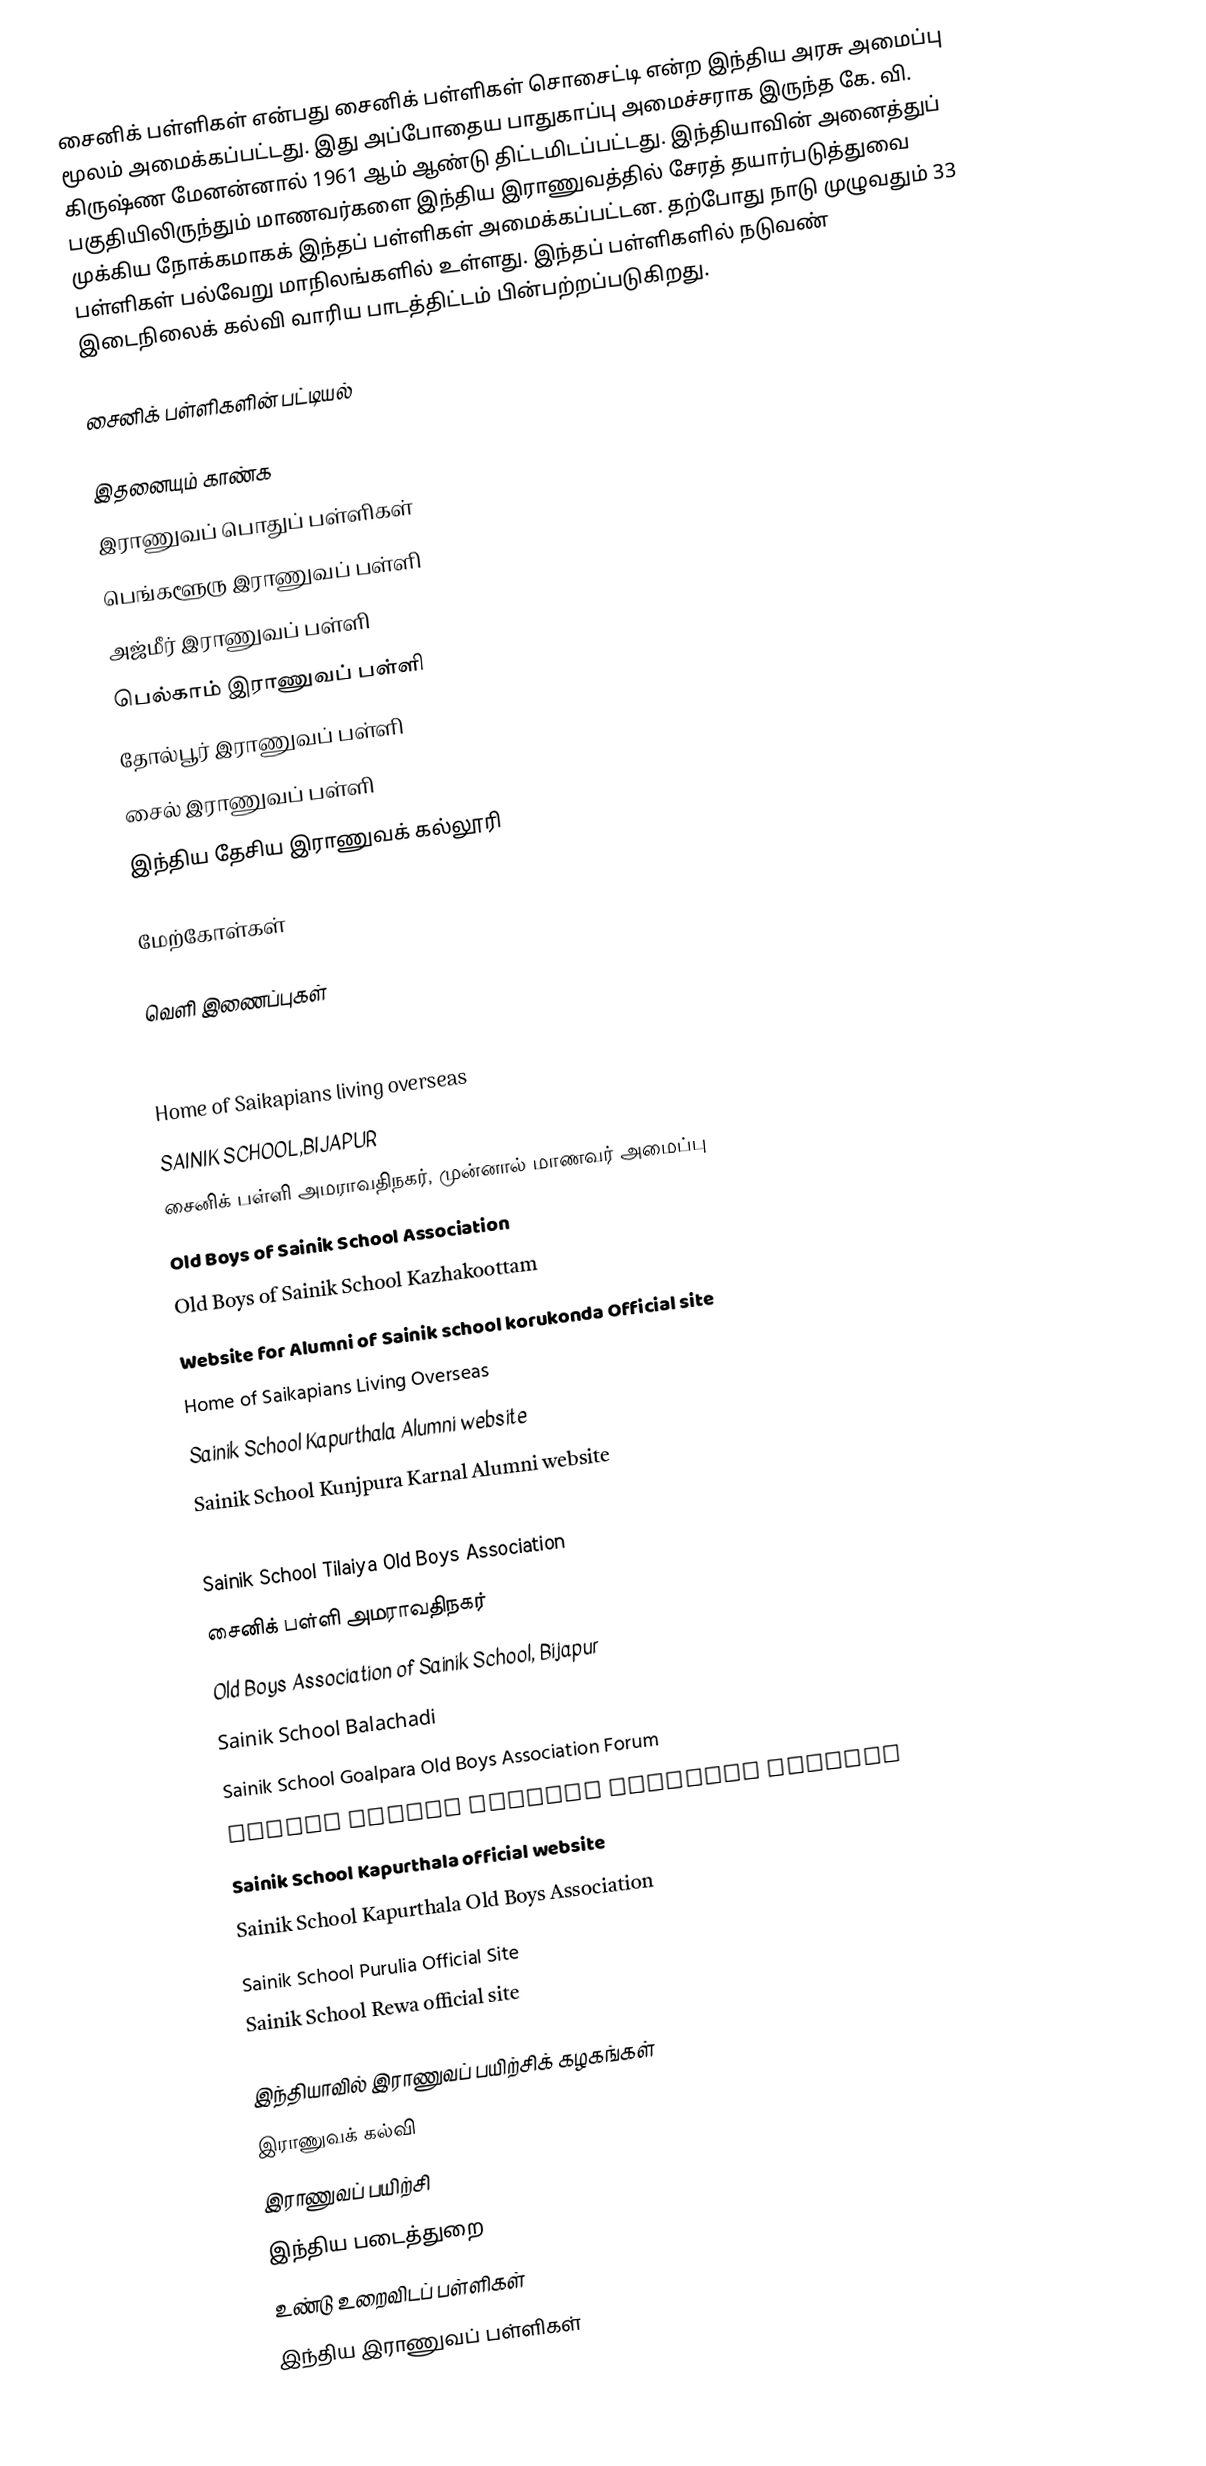
சைனிக் பள்ளிகள் என்பது சைனிக் பள்ளிகள் சொசைட்டி என்ற இந்திய அரசு அமைப்பு மூலம் அமைக்கப்பட்டது. இது அப்போதைய பாதுகாப்பு அமைச்சராக இருந்த கே. வி. கிருஷ்ண மேனன்னால் 1961 ஆம் ஆண்டு திட்டமிடப்பட்டது. இந்தியாவின் அனைத்துப் பகுதியிலிருந்தும் மாணவர்களை இந்திய இராணுவத்தில் சேரத் தயார்படுத்துவை முக்கிய நோக்கமாகக் இந்தப் பள்ளிகள் அமைக்கப்பட்டன. தற்போது நாடு முழுவதும் 33 பள்ளிகள் பல்வேறு மாநிலங்களில் உள்ளது. இந்தப் பள்ளிகளில் நடுவண் இடைநிலைக் கல்வி வாரிய பாடத்திட்டம் பின்பற்றப்படுகிறது.

சைனிக் பள்ளிகளின் பட்டியல்

இதனையும் காண்க
 இராணுவப் பொதுப் பள்ளிகள்
 பெங்களூரு இராணுவப் பள்ளி
 அஜ்மீர் இராணுவப் பள்ளி
 பெல்காம் இராணுவப் பள்ளி
 தோல்பூர் இராணுவப் பள்ளி
 சைல் இராணுவப் பள்ளி
 இந்திய தேசிய இராணுவக் கல்லூரி

மேற்கோள்கள்

வெளி இணைப்புகள்

 Sainik Schools Society
 Home of Saikapians living overseas
  SAINIK SCHOOL,BIJAPUR
 சைனிக் பள்ளி அமராவதிநகர், முன்னால் மாணவர் அமைப்பு
 Old Boys of Sainik School Association
 Old Boys of Sainik School Kazhakoottam
 Website for Alumni of Sainik school korukonda Official site
 Home of Saikapians Living Overseas
 Sainik School Kapurthala Alumni website
 Sainik School Kunjpura Karnal Alumni website
 Sainik School Sujanpur Tihra Alumni website
 Sainik School Tilaiya Old Boys Association
 சைனிக் பள்ளி அமராவதிநகர்
 Old Boys Association of Sainik School, Bijapur
 Sainik School Balachadi
  Sainik School Goalpara Old Boys Association Forum
 Sainik School Nagrota official website
 Sainik School Kapurthala official website
  Sainik School Kapurthala Old Boys Association
 Sainik School Purulia Official Site
 Sainik School Rewa official site

இந்தியாவில் இராணுவப் பயிற்சிக் கழகங்கள்
இராணுவக் கல்வி
இராணுவப் பயிற்சி
இந்திய படைத்துறை
உண்டு உறைவிடப் பள்ளிகள்
இந்திய இராணுவப் பள்ளிகள்